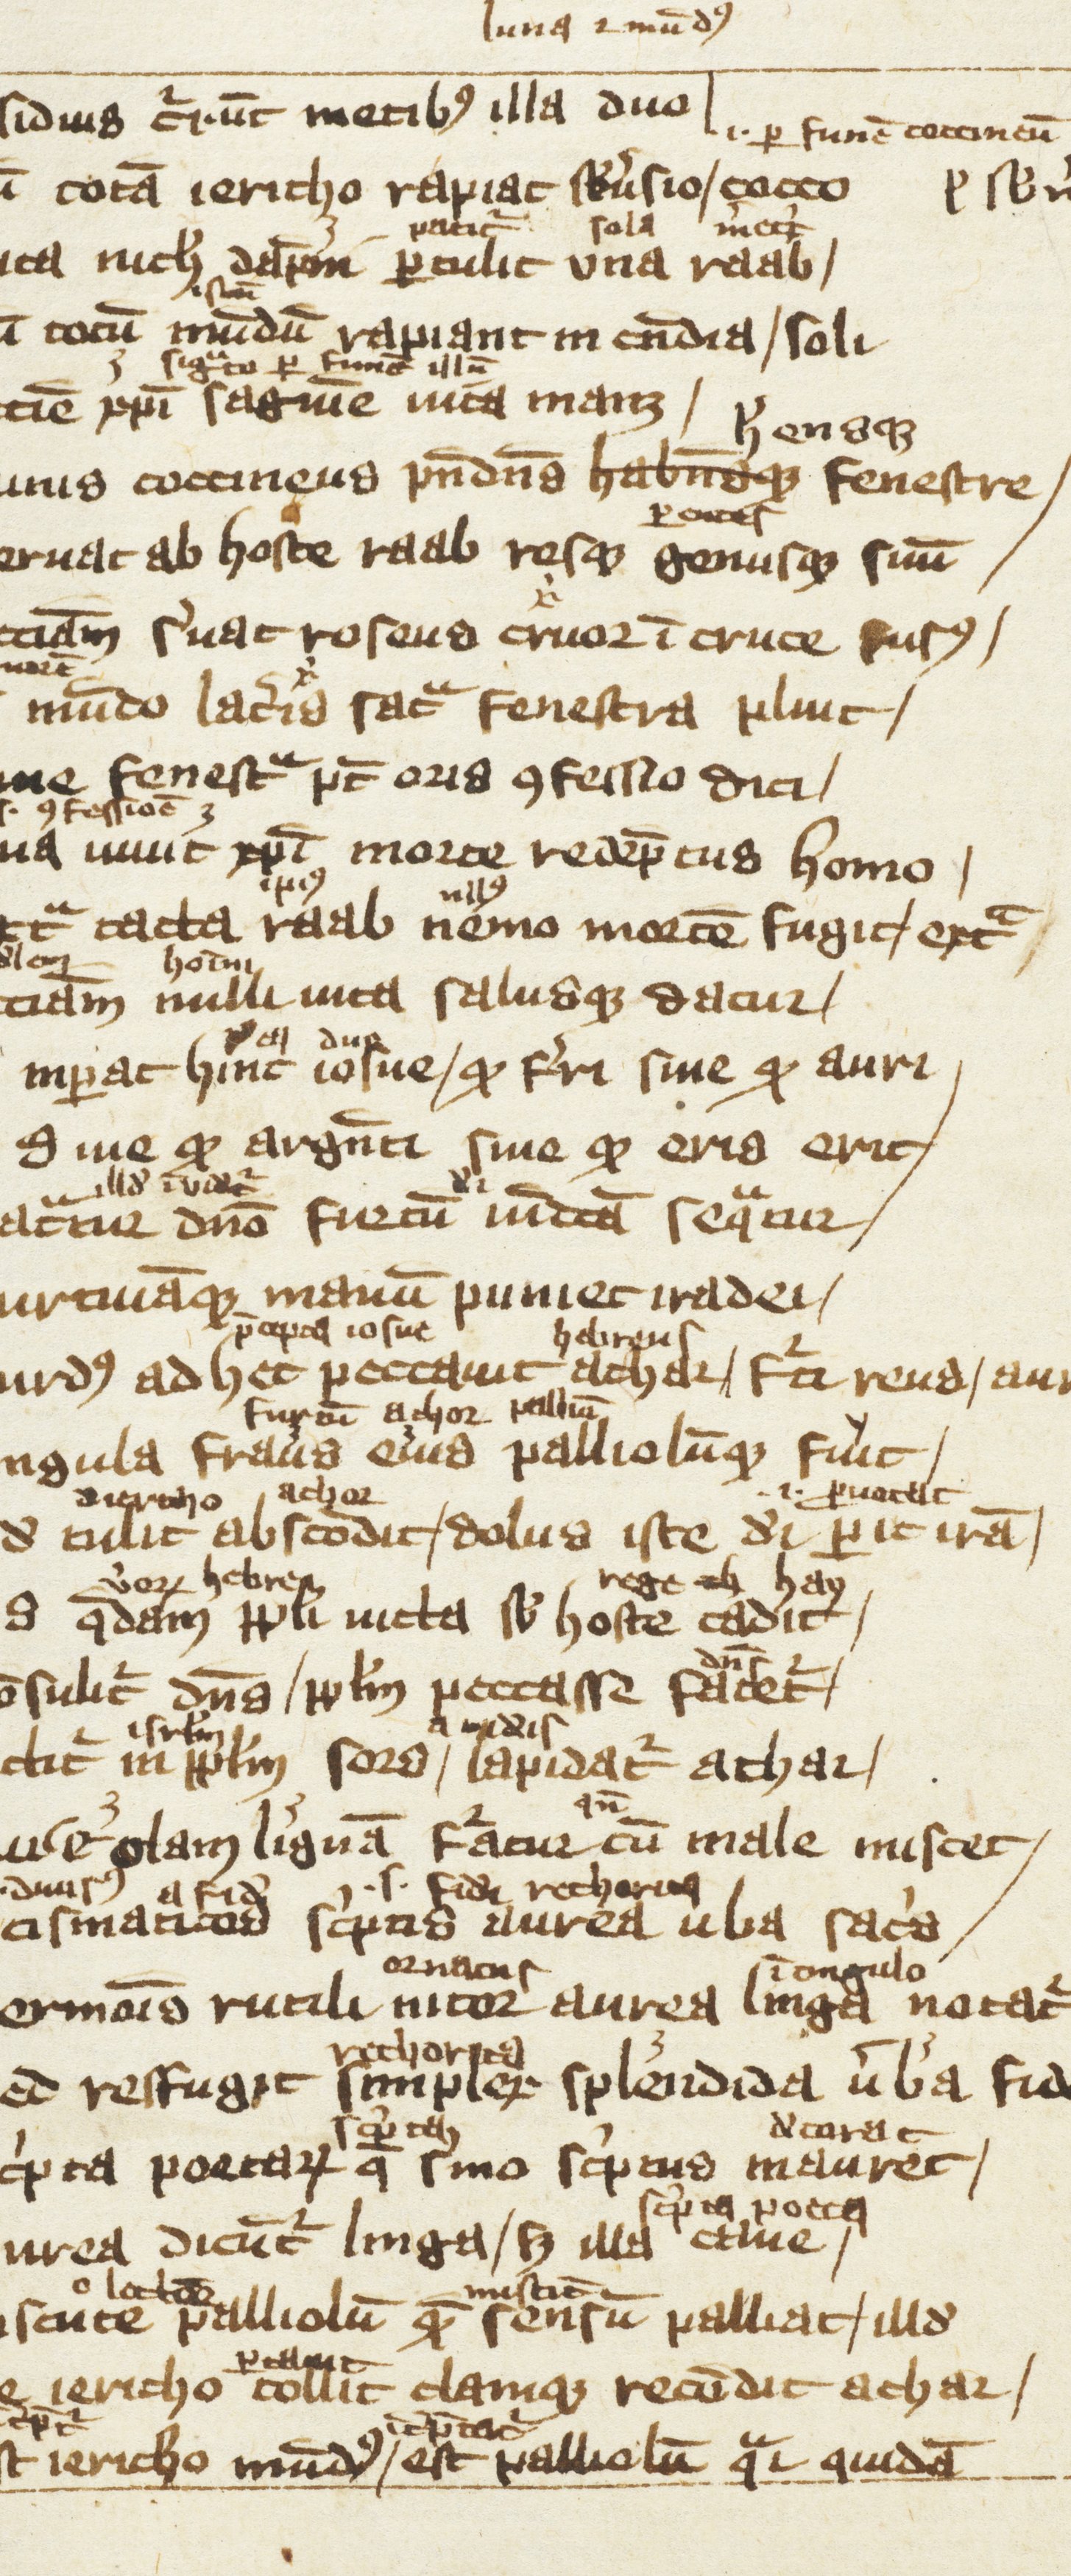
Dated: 1300–1399